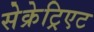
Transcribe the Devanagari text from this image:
सेक्रेट्रिएट